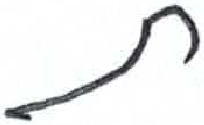
אות: ת